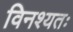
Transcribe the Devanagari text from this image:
विनश्यतः